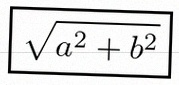
\sqrt{a^2+b^2}